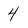
Character: 4